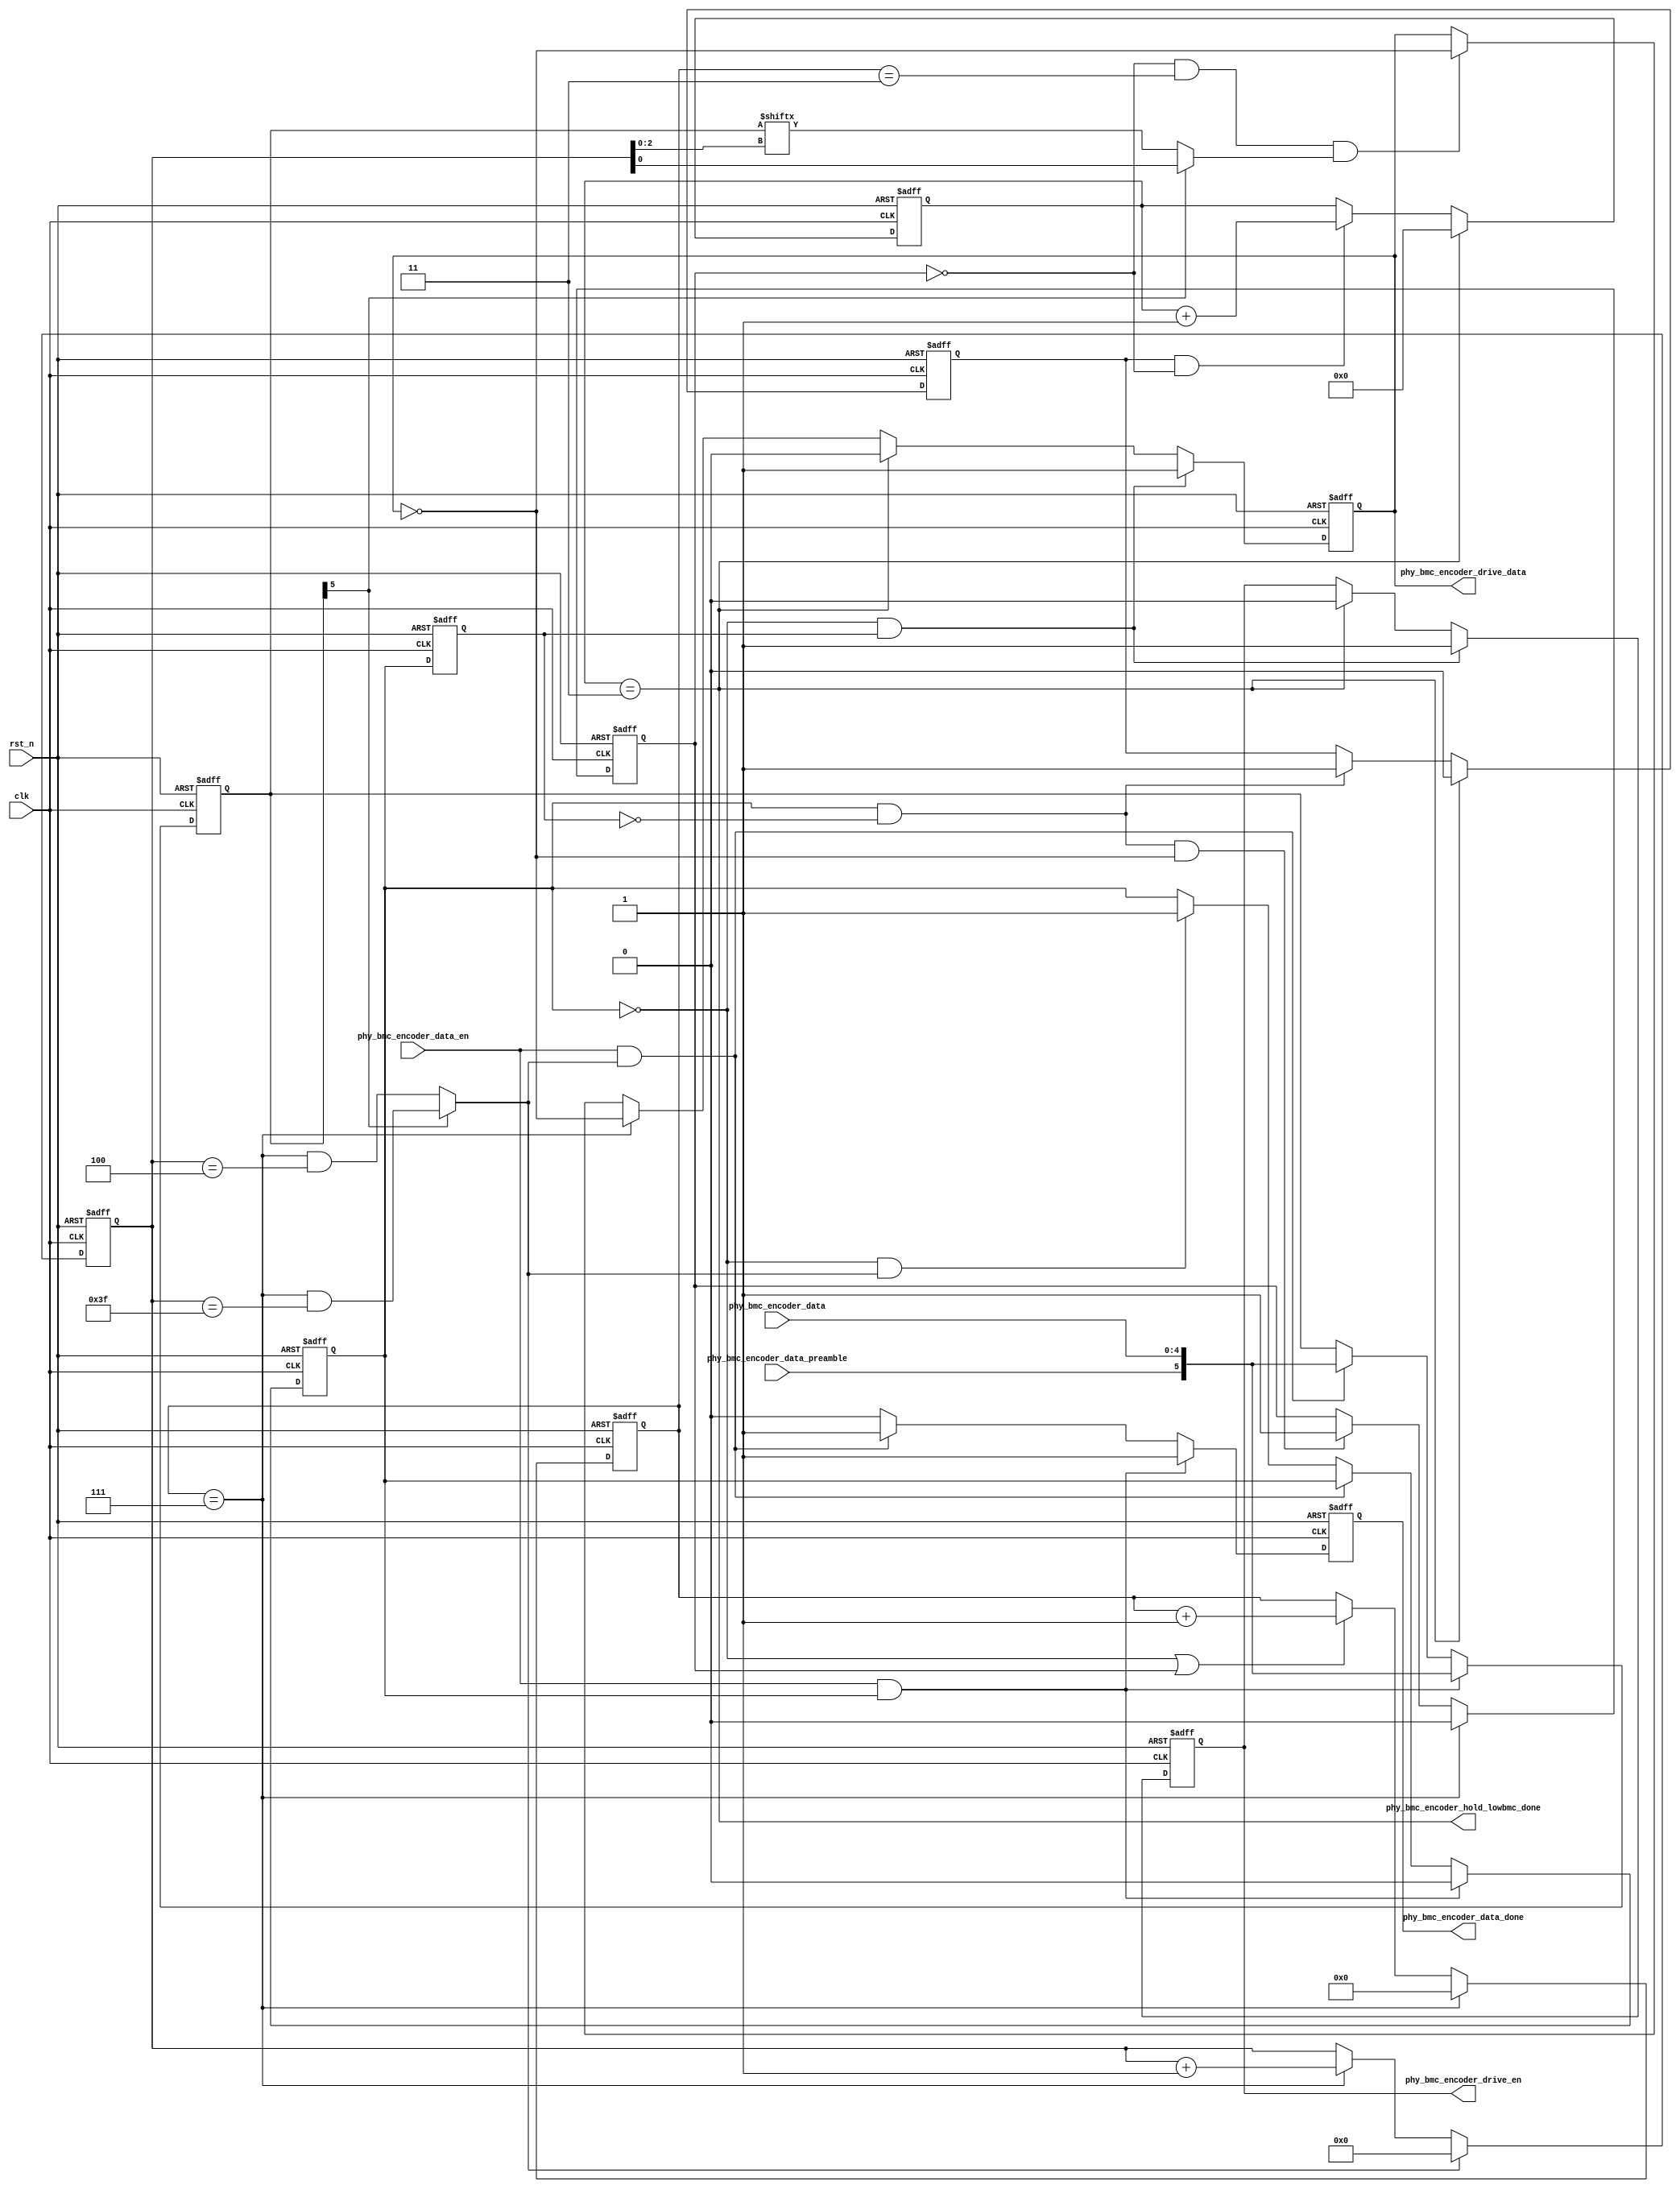
module phy_bmc_encoder(
    clk,
    rst_n,

    phy_bmc_encoder_data,
    phy_bmc_encoder_data_en,
    phy_bmc_encoder_data_preamble,
    phy_bmc_encoder_data_done,
    phy_bmc_encoder_hold_lowbmc_done,

    phy_bmc_encoder_drive_data,
    phy_bmc_encoder_drive_en
    );

input     clk;
input     rst_n;

input     [4:0] phy_bmc_encoder_data;
input     phy_bmc_encoder_data_en;
input     phy_bmc_encoder_data_preamble;
output    phy_bmc_encoder_data_done;
output    phy_bmc_encoder_hold_lowbmc_done;

output    phy_bmc_encoder_drive_en;
output    phy_bmc_encoder_drive_data;


parameter TIME_SCALE_FLAG = 0;


reg       phy_bmc_encoder_drive_en;
reg       phy_bmc_encoder_drive_data;
reg       phy_bmc_encoder_data_done;

reg       [10:0] phy_bmc_encoder_period_cnt;
wire      phy_bmc_encoder_half_period_done;
wire      phy_bmc_encoder_period_done;
reg       [5:0] phy_bmc_encoder_bit_cnt;
wire      phy_bmc_encoder_bit_done;
wire      [10:0] bmc_half_period;
wire      [10:0] bmc_full_period;
wire      [6:0] bmc_hold_low_period;

reg       [5:0] phy_bmc_encoder_buffer;
reg       phy_bmc_encoder_buffer_empty;

wire      phy_bmc_encoder_cur_bit;
reg       phy_bmc_encoder_buffer_empty_dly;
wire      phy_bmc_encoder_buffer_empty_neg;
wire      phy_bmc_encoder_buffer_empty_pos;

//
reg       phy_bmc_encoder_continue_period;

//min Thold Low BMC
reg       [6:0] phy_bmc_encoder_hold_lowbmc_cnt;
reg       phy_bmc_encoder_hold_lowbmc_en;
wire      phy_bmc_encoder_hold_lowbmc_done;

//buffer push & pop
always @(posedge clk or negedge rst_n) begin
       if(!rst_n) begin
              phy_bmc_encoder_buffer_empty <= 1'b1;
              phy_bmc_encoder_buffer <= 6'b0;
       end
       else if(phy_bmc_encoder_data_en && phy_bmc_encoder_buffer_empty) begin
              phy_bmc_encoder_buffer_empty <= 1'b0;
              phy_bmc_encoder_buffer <= {phy_bmc_encoder_data_preamble, phy_bmc_encoder_data};
       end
       else if(phy_bmc_encoder_data_en && phy_bmc_encoder_bit_done) begin
              phy_bmc_encoder_buffer <= {phy_bmc_encoder_data_preamble, phy_bmc_encoder_data};
       end
       else if(!phy_bmc_encoder_buffer_empty && phy_bmc_encoder_bit_done) begin
              phy_bmc_encoder_buffer_empty <= 1'b1;
       end
end

always @(posedge clk or negedge rst_n) begin
       if(!rst_n) begin
              phy_bmc_encoder_buffer_empty_dly <= 1'b1;
       end
       else begin
              phy_bmc_encoder_buffer_empty_dly <= phy_bmc_encoder_buffer_empty;
       end
end

assign    phy_bmc_encoder_buffer_empty_neg = !phy_bmc_encoder_buffer_empty && phy_bmc_encoder_buffer_empty_dly;
assign    phy_bmc_encoder_buffer_empty_pos = phy_bmc_encoder_buffer_empty && !phy_bmc_encoder_buffer_empty_dly;

//bmc period
always @(posedge clk or negedge rst_n) begin
       if(!rst_n) begin
              phy_bmc_encoder_period_cnt <= 11'h0;
       end
       else if(phy_bmc_encoder_period_done) begin
              phy_bmc_encoder_period_cnt <= 11'h0;
       end
       else if(!phy_bmc_encoder_buffer_empty || phy_bmc_encoder_continue_period) begin
              phy_bmc_encoder_period_cnt <= phy_bmc_encoder_period_cnt + 1'h1;
       end
end

assign    bmc_half_period = (TIME_SCALE_FLAG == 0) ? 11'd3 :
	                    (TIME_SCALE_FLAG == 1) ? 11'd7 :
	                    (TIME_SCALE_FLAG == 2) ? 11'd15 : 11'd1;

assign    bmc_full_period = (TIME_SCALE_FLAG == 0) ? 11'd7 :
	                    (TIME_SCALE_FLAG == 1) ? 11'd15 :
	                    (TIME_SCALE_FLAG == 2) ? 11'd31 : 11'd1;

assign    bmc_hold_low_period = (TIME_SCALE_FLAG == 0) ? 7'd3 :
	                        (TIME_SCALE_FLAG == 1) ? 7'd6 :
	                        (TIME_SCALE_FLAG == 2) ? 7'd12 : 7'd1;

assign    phy_bmc_encoder_half_period_done = !phy_bmc_encoder_continue_period && (phy_bmc_encoder_period_cnt == bmc_half_period);
assign    phy_bmc_encoder_period_done = (phy_bmc_encoder_period_cnt == bmc_full_period);

always @(posedge clk or negedge rst_n) begin
       if(!rst_n) begin
              phy_bmc_encoder_bit_cnt <= 6'h0;
       end
       else if(phy_bmc_encoder_bit_done) begin
              phy_bmc_encoder_bit_cnt <= 6'h0;
       end
       else if(phy_bmc_encoder_period_done) begin
              phy_bmc_encoder_bit_cnt <= phy_bmc_encoder_bit_cnt + 1'h1;
       end
end


assign    phy_bmc_encoder_bit_done = phy_bmc_encoder_buffer[5] ?  (phy_bmc_encoder_period_done && (phy_bmc_encoder_bit_cnt == 6'h3f)) :
	                                                          (phy_bmc_encoder_period_done && (phy_bmc_encoder_bit_cnt == 6'h4 )) ;


//continue drive one bit 
always @(posedge clk or negedge rst_n) begin
       if(!rst_n) begin
              phy_bmc_encoder_continue_period <= 1'h0;
       end
       else if(phy_bmc_encoder_period_done) begin
              phy_bmc_encoder_continue_period <= 1'h0;
       end
       else if(phy_bmc_encoder_buffer_empty_pos && !phy_bmc_encoder_drive_data) begin
              phy_bmc_encoder_continue_period <= 1'h1;
       end
end

//min Thold Low BMC
always @(posedge clk or negedge rst_n) begin
       if(!rst_n) begin
              phy_bmc_encoder_hold_lowbmc_cnt <= 7'h0;
       end
       else if(phy_bmc_encoder_hold_lowbmc_done) begin
              phy_bmc_encoder_hold_lowbmc_cnt <= 7'h0;
       end
       else if(phy_bmc_encoder_hold_lowbmc_en && !phy_bmc_encoder_continue_period) begin
              phy_bmc_encoder_hold_lowbmc_cnt <= phy_bmc_encoder_hold_lowbmc_cnt + 1'h1;
       end
end

always @(posedge clk or negedge rst_n) begin
       if(!rst_n) begin
              phy_bmc_encoder_hold_lowbmc_en <= 1'h0;
       end
       else if(phy_bmc_encoder_hold_lowbmc_done) begin
              phy_bmc_encoder_hold_lowbmc_en <= 1'h0;
       end
       else if(phy_bmc_encoder_buffer_empty_pos) begin
              phy_bmc_encoder_hold_lowbmc_en <= 1'h1;
       end
end

assign    phy_bmc_encoder_hold_lowbmc_done = (phy_bmc_encoder_hold_lowbmc_cnt == bmc_hold_low_period);

//drive
assign    phy_bmc_encoder_cur_bit = phy_bmc_encoder_buffer[5] ? phy_bmc_encoder_bit_cnt[0] : phy_bmc_encoder_buffer[phy_bmc_encoder_bit_cnt[2:0]];


always @(posedge clk or negedge rst_n) begin
       if(!rst_n) begin
              phy_bmc_encoder_drive_data <= 1'h0;
              phy_bmc_encoder_drive_en <= 1'h0;
       end
       else if(phy_bmc_encoder_buffer_empty_neg) begin
              phy_bmc_encoder_drive_data <= 1'h1;
              phy_bmc_encoder_drive_en <= 1'h1;
       end
       else if(phy_bmc_encoder_hold_lowbmc_done) begin
              phy_bmc_encoder_drive_data <= 1'h0;
              phy_bmc_encoder_drive_en <= 1'h0;
       end
       else if(phy_bmc_encoder_period_done) begin
              phy_bmc_encoder_drive_data <= !phy_bmc_encoder_drive_data;
       end
       else if(phy_bmc_encoder_half_period_done && phy_bmc_encoder_cur_bit) begin
              phy_bmc_encoder_drive_data <= !phy_bmc_encoder_drive_data;
       end
end

//bmc_encoder_data_done
always @(posedge clk or negedge rst_n) begin
       if(!rst_n) begin
              phy_bmc_encoder_data_done <= 1'b0;
       end
       else if(phy_bmc_encoder_data_en && phy_bmc_encoder_buffer_empty) begin
              phy_bmc_encoder_data_done <= 1'b1;
       end
       else if(phy_bmc_encoder_data_en && phy_bmc_encoder_bit_done) begin
              phy_bmc_encoder_data_done <= 1'b1;
       end
       else begin
              phy_bmc_encoder_data_done <= 1'b0;
       end
end

endmodule